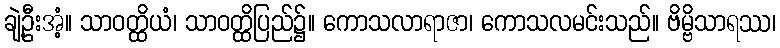
ချဲ့ဦးအံ့။ သာဝတ္ထိယံ၊ သာဝတ္ထိပြည်၌။ ကောသလာရာဇာ၊ ကောသလမင်းသည်။ ဗိမ္ဗိသာရဿ၊